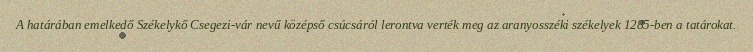
A határában emelkedő Székelykő Csegezi-vár nevű középső csúcsáról lerontva verték meg az aranyosszéki székelyek 1285-ben a tatárokat.